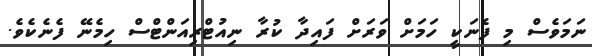
ނަމަވެސް މި ފެނަކީ ހަމަށް ވަރަށް ފައިދާ ކުރާ ނިއުޓްރިއަންޓްސް ހިމެނޭ ފެނެކެވެ.